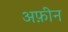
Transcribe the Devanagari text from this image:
अफ़ीन